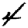
Digit: 4